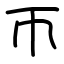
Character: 帀